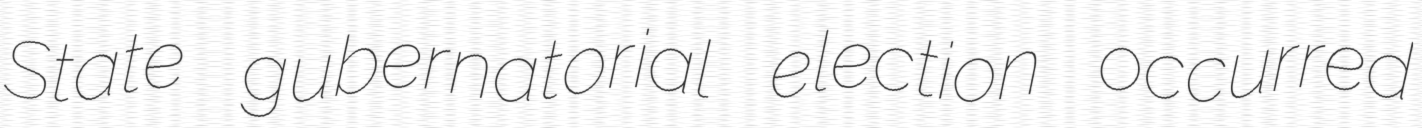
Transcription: State gubernatorial election occurred